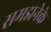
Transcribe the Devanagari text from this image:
समझनेके